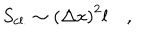
S _ { \mathrm { c l . } } \sim \left( \Delta x \right) ^ { 2 } l \quad ,